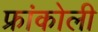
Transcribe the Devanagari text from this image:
फ्रांकोली